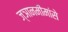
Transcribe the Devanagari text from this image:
ज्ञानमीमांसे